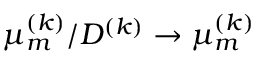
\mu _ { m } ^ { ( k ) } / D ^ { ( k ) } \to \mu _ { m } ^ { ( k ) }